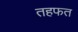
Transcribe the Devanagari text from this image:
तहफत